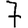
Digit: 7